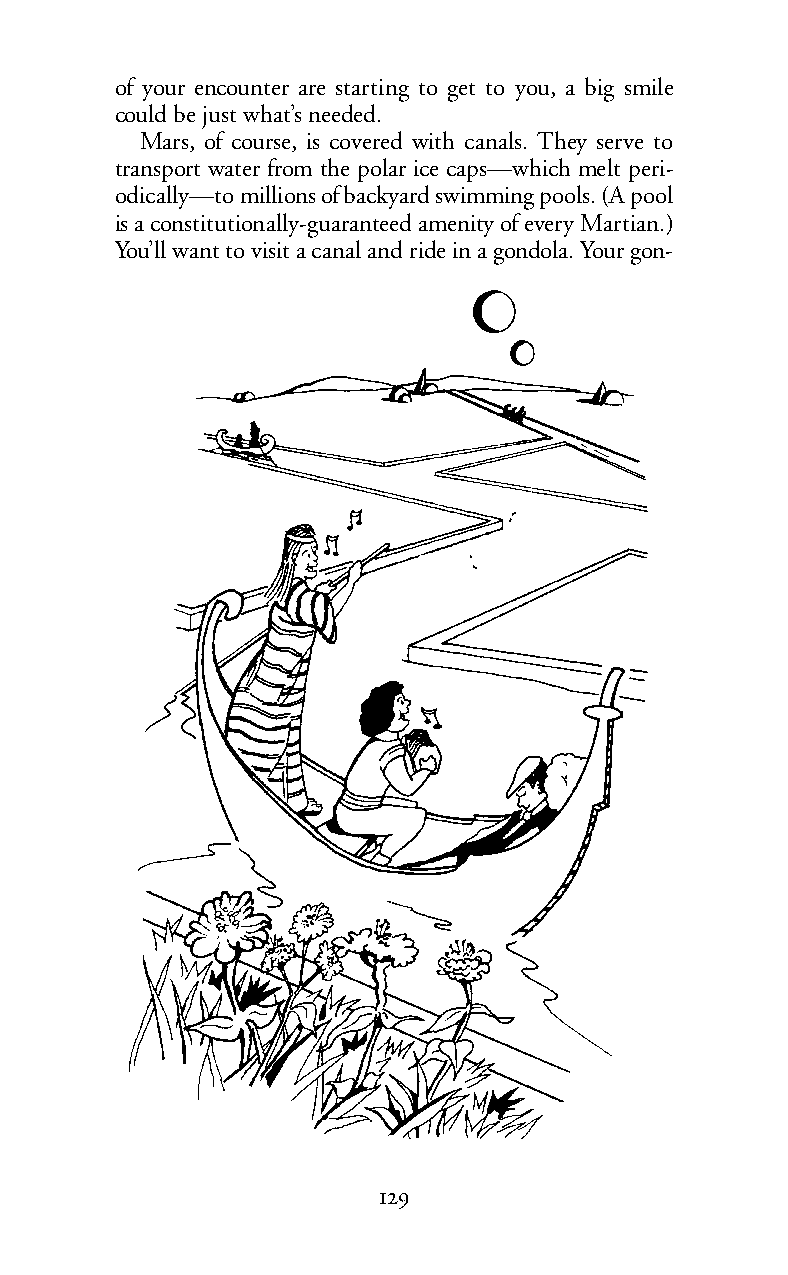
of your encounter are starting to get to you, a big smile
 could be just what’s needed.
 Mars, of course, is covered with canals. They serve to
 transport water from the polar ice caps—which melt peri-
 odically—to millions of backyard swimming pools. (A pool
 is a constitutionally-guaranteed amenity of every Martian.)
 You’ll want to visit a canal and ride in a gondola. Your gon-
 